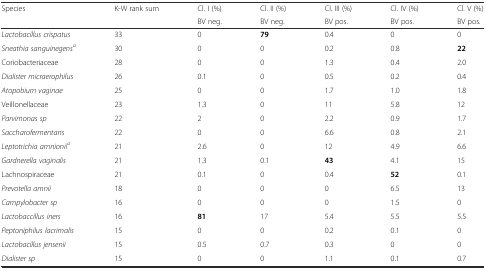
<table><thead><tr><td><b>Species</b></td><td><b>K-W rank sum</b></td><td><b>Cl. I (%)</b></td><td><b>Cl. II (%)</b></td><td><b>Cl. III (%)</b></td><td><b>Cl. IV (%)</b></td><td><b>Cl. V (%)</b></td></tr><tr><td></td><td></td><td><b>BV neg.</b></td><td><b>BV neg.</b></td><td><b>BV pos.</b></td><td><b>BV pos.</b></td><td><b>BV pos.</b></td></tr></thead><tbody><tr><td><i>Lactobacillus crispatus</i></td><td>33</td><td>0</td><td><b>79</b></td><td>0.4</td><td>0</td><td>0</td></tr><tr><td><i>Sneathia sanguinegens</i><sup><i>a</i></sup></td><td>30</td><td>0</td><td>0</td><td>0.2</td><td>0.8</td><td><b>22</b></td></tr><tr><td>Coriobacteriaceae</td><td>28</td><td>0</td><td>0</td><td>1.3</td><td>0.4</td><td>2.0</td></tr><tr><td><i>Dialister micraerophilus</i></td><td>26</td><td>0.1</td><td>0</td><td>0.5</td><td>0.2</td><td>0.4</td></tr><tr><td><i>Atopobium vaginae</i></td><td>25</td><td>0</td><td>0</td><td>1.7</td><td>1.0</td><td>1.8</td></tr><tr><td>Veillonellaceae</td><td>23</td><td>1.3</td><td>0</td><td>11</td><td>5.8</td><td>12</td></tr><tr><td><i>Parvimonas sp</i></td><td>22</td><td>2</td><td>0</td><td>2.2</td><td>0.9</td><td>1.7</td></tr><tr><td><i>Saccharofermentans</i></td><td>22</td><td>0</td><td>0</td><td>6.6</td><td>0.8</td><td>2.1</td></tr><tr><td><i>Leptotrichia amnionii</i><sup><i>a</i></sup></td><td>21</td><td>2.6</td><td>0</td><td>12</td><td>4.9</td><td>6.6</td></tr><tr><td><i>Gardnerella vaginalis</i></td><td>21</td><td>1.3</td><td>0.1</td><td><b>43</b></td><td>4.1</td><td>15</td></tr><tr><td>Lachnospiraceae</td><td>21</td><td>0.1</td><td>0</td><td>0.4</td><td><b>52</b></td><td>0.1</td></tr><tr><td><i>Prevotella amnii</i></td><td>18</td><td>0</td><td>0</td><td>0</td><td>6.5</td><td>13</td></tr><tr><td><i>Campylobacter sp</i></td><td>16</td><td>0</td><td>0</td><td>0</td><td>1.5</td><td>0</td></tr><tr><td><i>Lactobaccillus iners</i></td><td>16</td><td><b>81</b></td><td>17</td><td>5.4</td><td>5.5</td><td>5.5</td></tr><tr><td><i>Peptoniphilus lacrimalis</i></td><td>15</td><td>0</td><td>0</td><td>0.2</td><td>0.1</td><td>0</td></tr><tr><td><i>Lactobacillus jensenii</i></td><td>15</td><td>0.5</td><td>0.7</td><td>0.3</td><td>0</td><td>0</td></tr><tr><td><i>Dialister sp</i></td><td>15</td><td>0</td><td>0</td><td>1.1</td><td>0.1</td><td>0.7</td></tr></tbody></table>